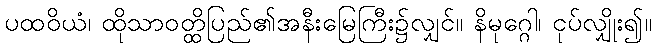
ပထဝိယံ၊ ထိုသာဝတ္ထိပြည်၏အနီးမြေကြီး၌လျှင်။ နိမုဂ္ဂေါ၊ ငုပ်လျှိုး၍။